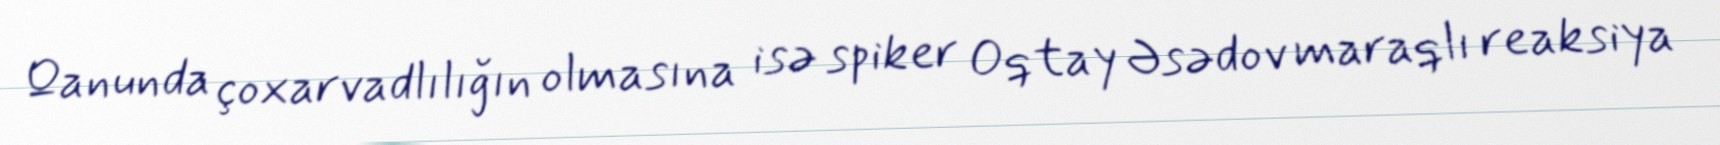
Qanunda çoxarvadlılığın olmasına isə spiker Oqtay Əsədov maraqlı reaksiya